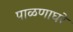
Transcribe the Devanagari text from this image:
पाळणाघरे